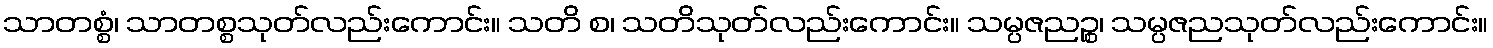
သာတစ္စံ၊ သာတစ္စသုတ်လည်းကောင်း။ သတိ စ၊ သတိသုတ်လည်းကောင်း။ သမ္ပဇညဉ္စ၊ သမ္ပဇညသုတ်လည်းကောင်း။